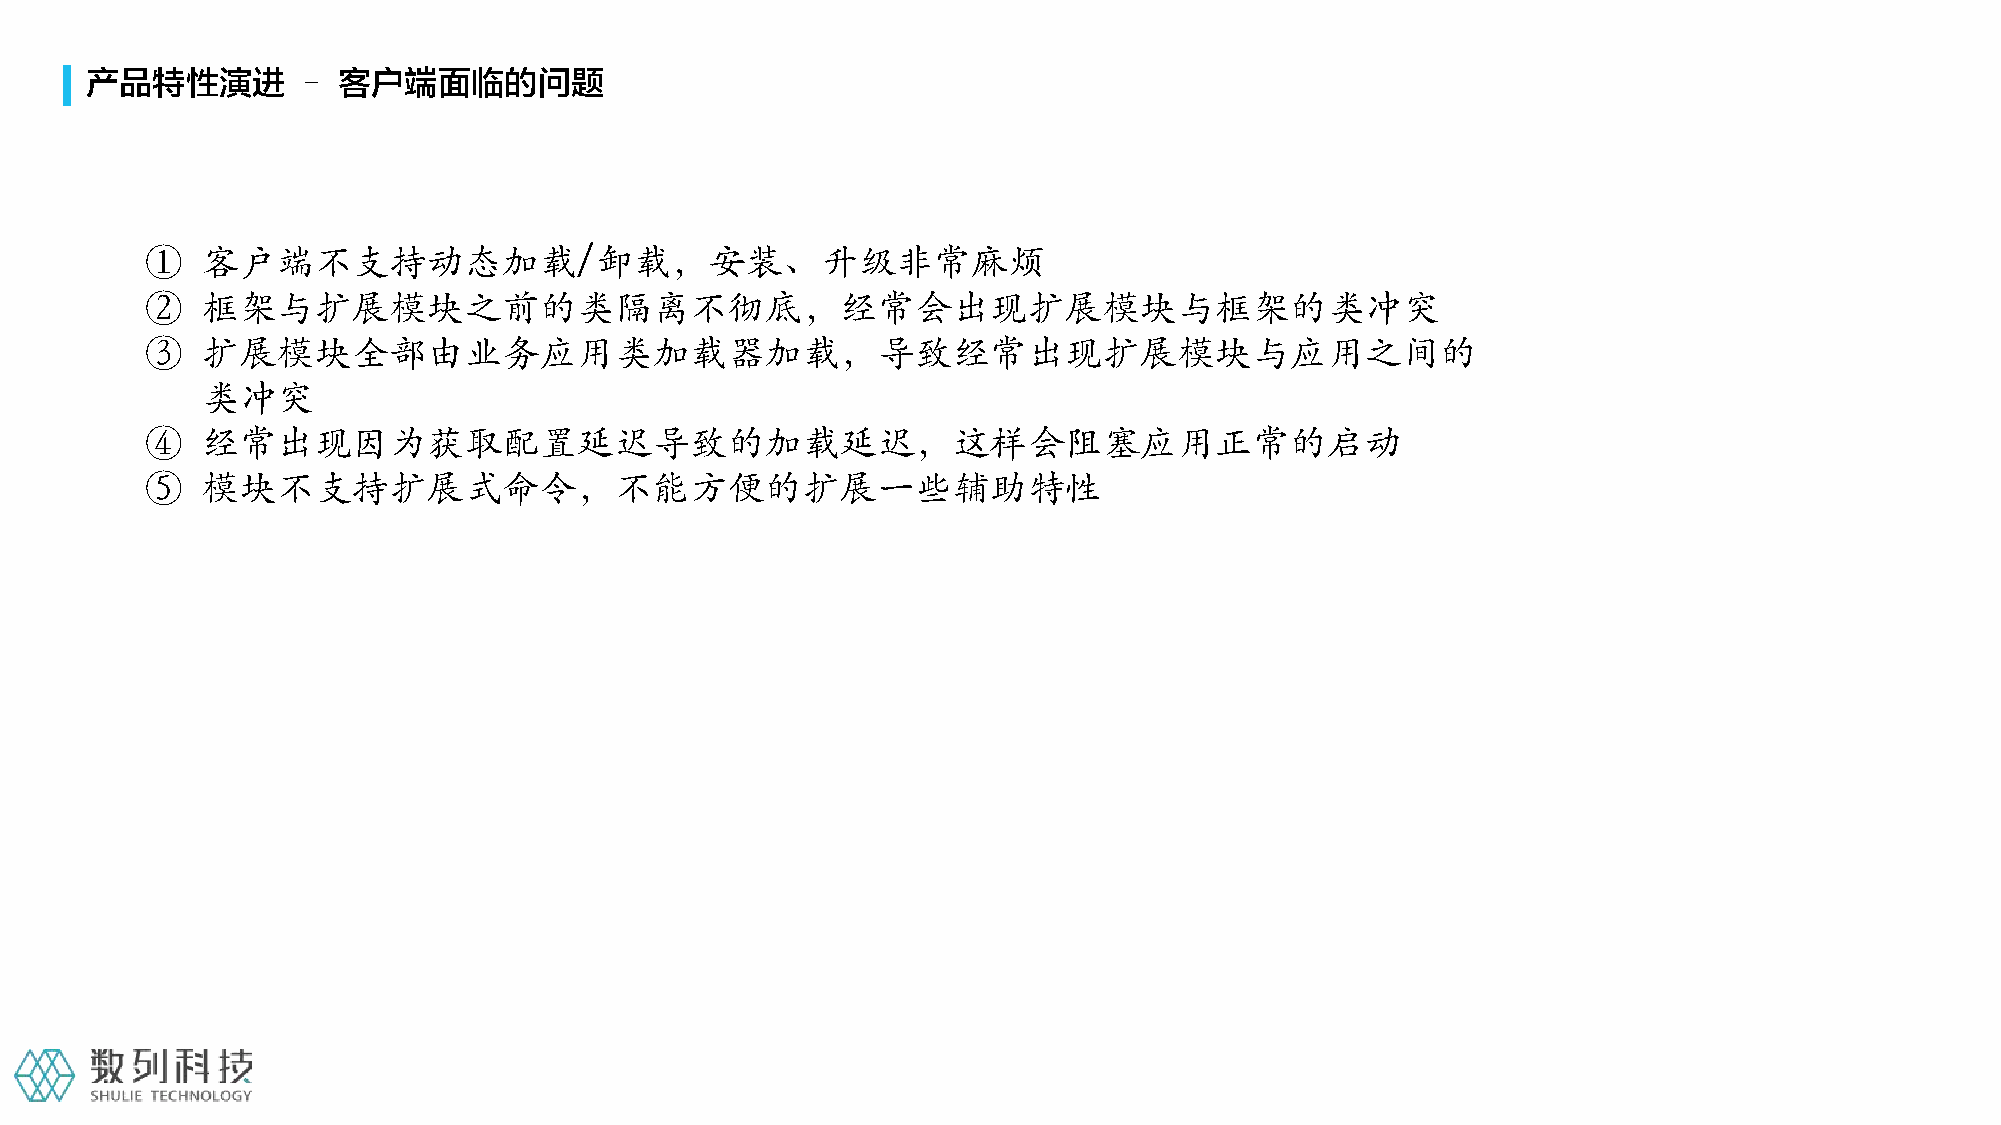
产品特性演进        – 客户端面临的问题
 ①  客户端不支持动态加载/卸载，安装、升级非常麻烦
 ②  框架与扩展模块之前的类隔离不彻底，经常会出现扩展模块与框架的类冲突
 ③  扩展模块全部由业务应用类加载器加载，导致经常出现扩展模块与应用之间的
 类冲突
 ④  经常出现因为获取配置延迟导致的加载延迟，这样会阻塞应用正常的启动
 ⑤  模块不支持扩展式命令，不能方便的扩展一些辅助特性